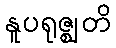
နူပရုဇ္ဈတိ